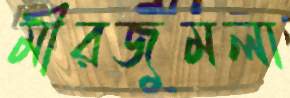
মীরজুমলা